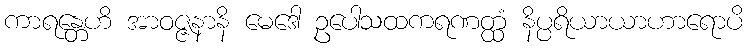
ကာရန္တေဟိ အာဝဇ္ဇနာနိ မေဒေါ ဥပေါသထကရဏတ္ထံ နိပ္ပရိယာယာဟာရောပိ